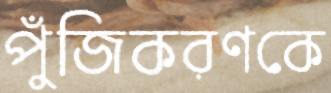
পুঁজিকরণকে